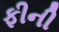
ફીની